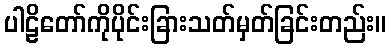
ပါဠိတော်ကိုပိုင်းခြားသတ်မှတ်ခြင်းတည်း။